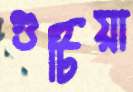
গুটিয়া